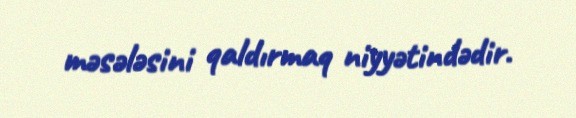
məsələsini qaldırmaq niyyətindədir.